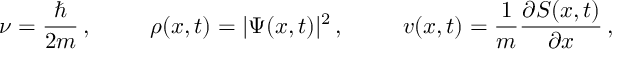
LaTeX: \nu = \frac { \hbar } { 2 m } \, , \; \; \; \; \; \; \; \; \; \rho ( x , t ) = | \Psi ( x , t ) | ^ { 2 } \, , \; \; \; \; \; \; \; \; \; v ( x , t ) = \frac { 1 } { m } \frac { \partial S ( x , t ) } { \partial x } \, ,